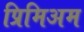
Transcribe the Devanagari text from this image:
प्रिमिअम